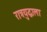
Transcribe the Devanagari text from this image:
रात्रयुद्धाला